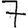
Digit: 7